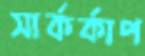
সার্কর্কাপ